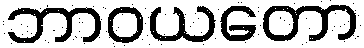
ဘာဝယတော